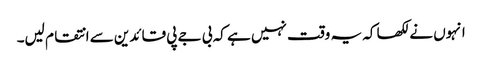
انہوں نے لکھا کہ یہ وقت نہیں ہے کہ بی جے پی قائدین سے انتقام لیں۔